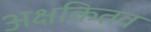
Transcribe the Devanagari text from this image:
अक्षकितव